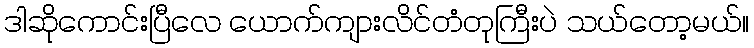
ဒါဆိုကောင်းပြီလေ ယောက်ကျားလိင်တံတုကြီးပဲ သယ်တော့မယ်။